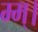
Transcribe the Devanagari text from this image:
म्म्।